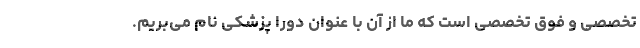
تخصصی و فوق تخصصی است که ما از آن با عنوان دورا پزشکی نام می‌بریم.